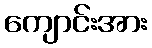
ကျောင်းအား